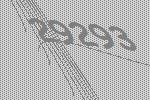
29293